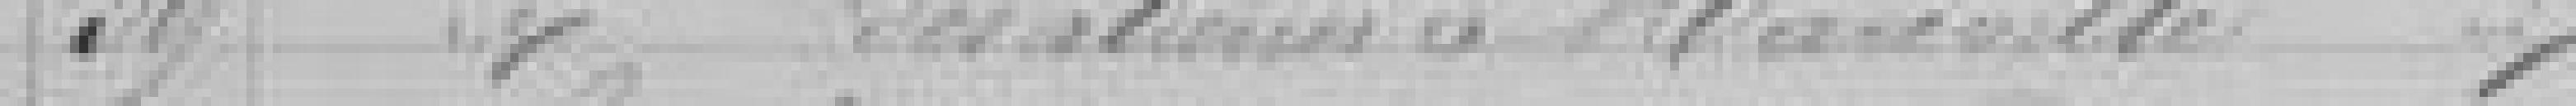
39. Entretien des ??? à Manéville ??